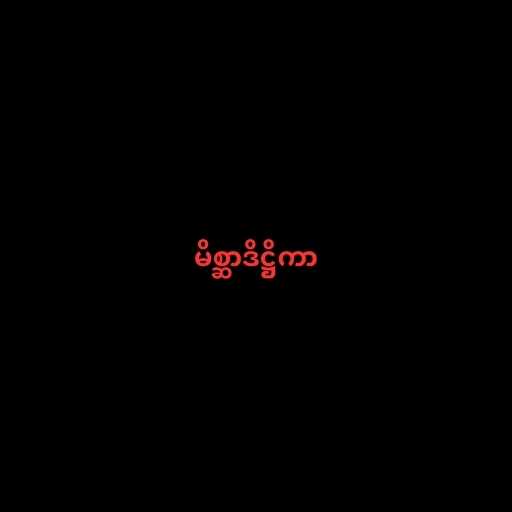
မိစ္ဆာဒိဋ္ဌိကာ